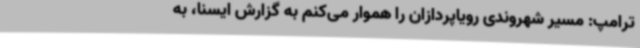
ترامپ: مسیر شهروندی رویاپردازان را هموار می‌کنم به گزارش ایسنا، به